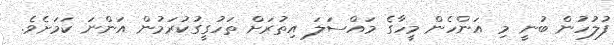
ފުލުހުން ބުނީ މި އަންހެން މީހާގެ މައްސަލަ އިތުރަށް ތަހުގީގުކުރަމުން އަންނަ ކަމަށެވެ.